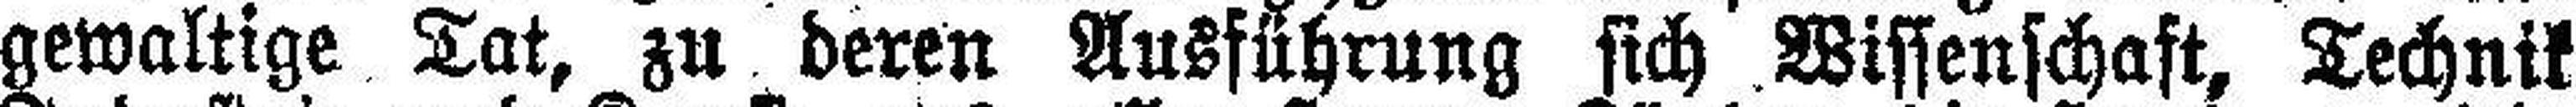
gewaltige Tat, zu deren Ausführung sich Wissenschaft, Technik